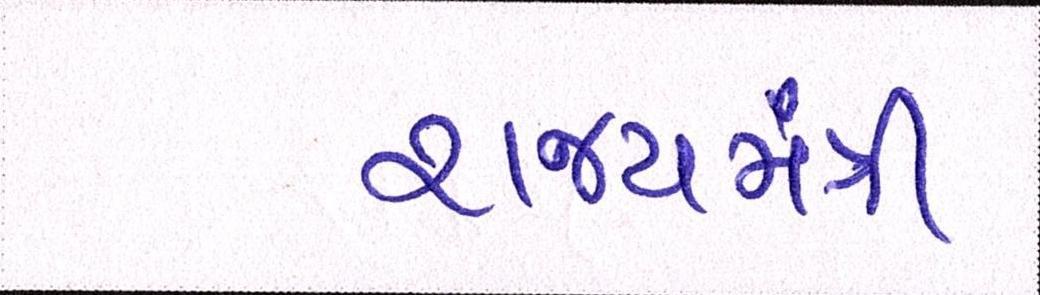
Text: રાજ્યમંત્રી